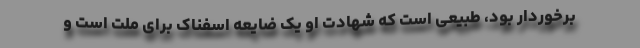
برخوردار بود، طبیعی است که شهادت او یک ضایعه اسفناک برای ملت است و